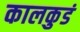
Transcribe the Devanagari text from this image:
कालकुडं